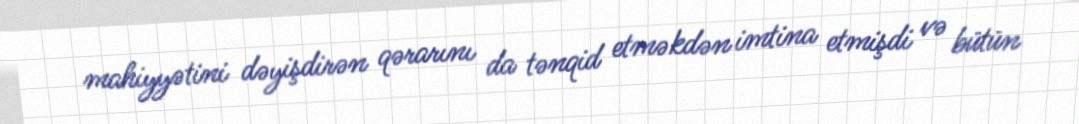
mahiyyətini dəyişdirən qərarını da tənqid etməkdən imtina etmişdi və bütün